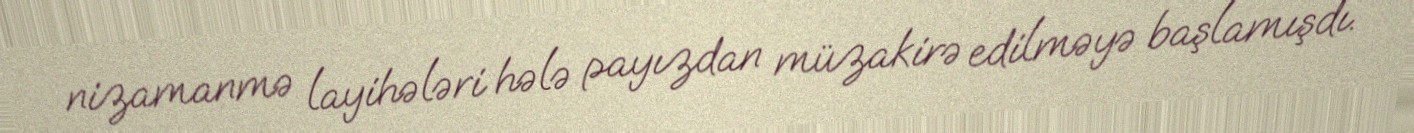
nizamanmə layihələri hələ payızdan müzakirə edilməyə başlamışdı.